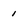
Character: 1